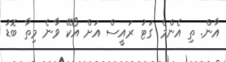
އާން. ތި އެންމެ ގަޓު ރައީސް އަށް އޯކޭ ވާނެ މިތާ ބޮޑު